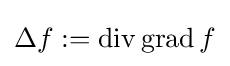
\Delta f:=\operatorname {div} \operatorname {grad} f